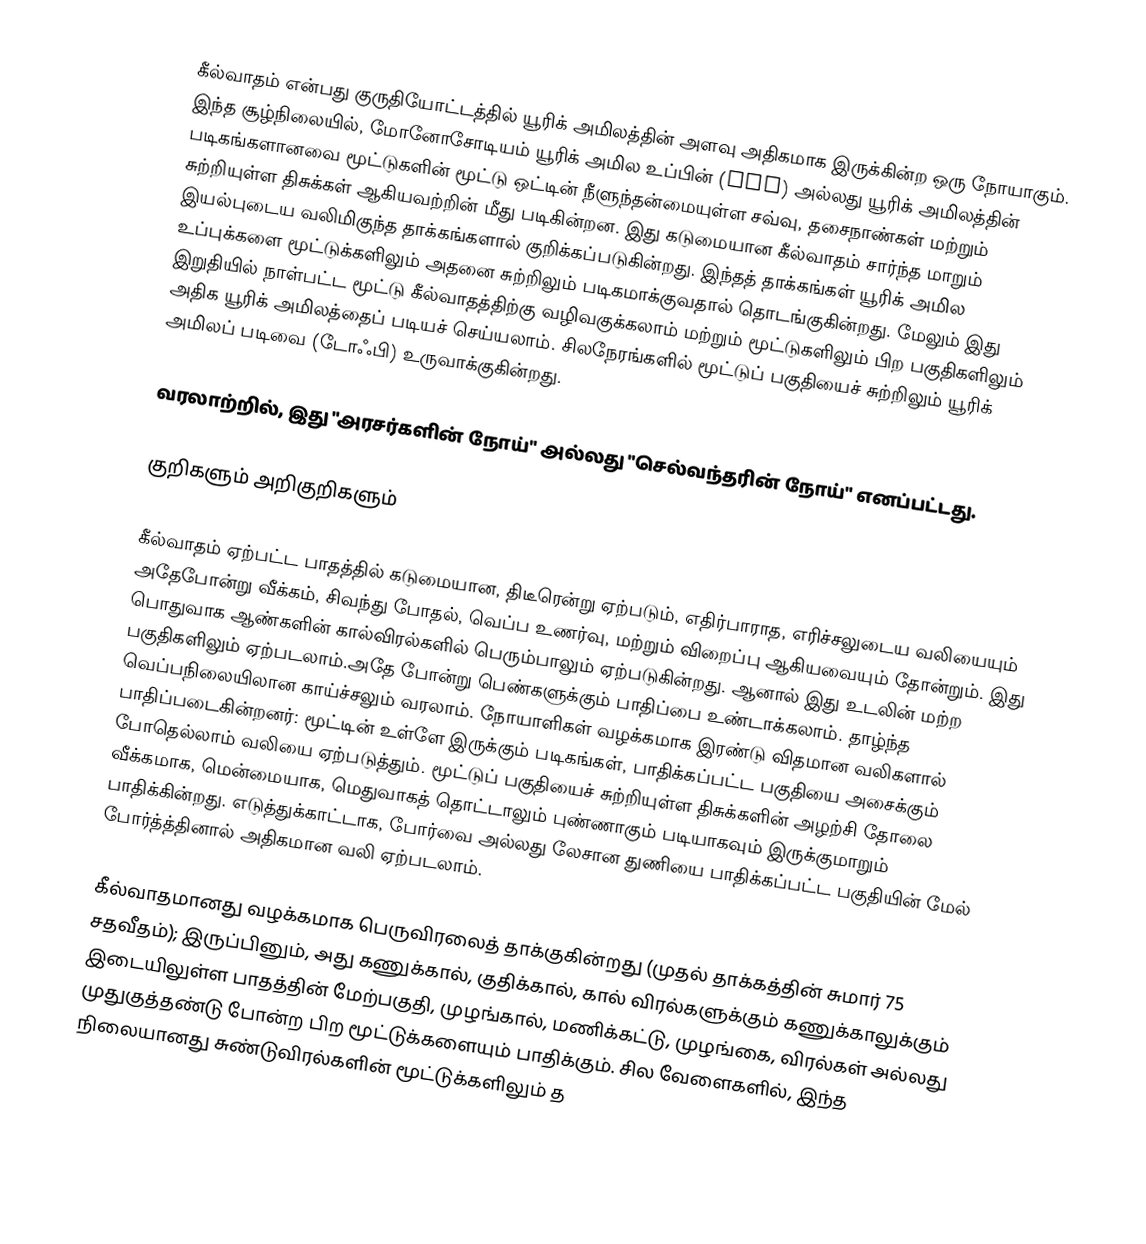
கீல்வாதம் என்பது குருதியோட்டத்தில் யூரிக் அமிலத்தின் அளவு அதிகமாக இருக்கின்ற ஒரு நோயாகும். இந்த சூழ்நிலையில், மோனோசோடியம் யூரிக் அமில உப்பின் (MSU) அல்லது யூரிக் அமிலத்தின் படிகங்களானவை மூட்டுகளின் மூட்டு ஒட்டின் நீளுந்தன்மையுள்ள சவ்வு, தசைநாண்கள் மற்றும் சுற்றியுள்ள திசுக்கள் ஆகியவற்றின் மீது படிகின்றன. இது கடுமையான கீல்வாதம் சார்ந்த மாறும் இயல்புடைய வலிமிகுந்த தாக்கங்களால் குறிக்கப்படுகின்றது. இந்தத் தாக்கங்கள் யூரிக் அமில உப்புக்களை மூட்டுக்களிலும் அதனை சுற்றிலும் படிகமாக்குவதால் தொடங்குகின்றது. மேலும் இது இறுதியில் நாள்பட்ட மூட்டு கீல்வாதத்திற்கு வழிவகுக்கலாம் மற்றும் மூட்டுகளிலும் பிற பகுதிகளிலும் அதிக யூரிக் அமிலத்தைப் படியச் செய்யலாம். சிலநேரங்களில் மூட்டுப் பகுதியைச் சுற்றிலும் யூரிக் அமிலப் படிவை (டோஃபி) உருவாக்குகின்றது.

வரலாற்றில், இது "அரசர்களின் நோய்" அல்லது "செல்வந்தரின் நோய்" எனப்பட்டது.

குறிகளும் அறிகுறிகளும்

கீல்வாதம் ஏற்பட்ட பாதத்தில் கடுமையான, திடீரென்று ஏற்படும், எதிர்பாராத, எரிச்சலுடைய வலியையும் அதேபோன்று வீக்கம், சிவந்து போதல், வெப்ப உணர்வு, மற்றும் விறைப்பு ஆகியவையும் தோன்றும். இது பொதுவாக ஆண்களின் கால்விரல்களில் பெரும்பாலும் ஏற்படுகின்றது. ஆனால் இது உடலின் மற்ற பகுதிகளிலும் ஏற்படலாம்.அதே போன்று பெண்களுக்கும் பாதிப்பை உண்டாக்கலாம். தாழ்ந்த வெப்பநிலையிலான காய்ச்சலும் வரலாம். நோயாளிகள் வழக்கமாக இரண்டு விதமான வலிகளால் பாதிப்படைகின்றனர்: மூட்டின் உள்ளே இருக்கும் படிகங்கள், பாதிக்கப்பட்ட பகுதியை அசைக்கும் போதெல்லாம் வலியை ஏற்படுத்தும். மூட்டுப் பகுதியைச் சுற்றியுள்ள திசுக்களின் அழற்சி தோலை வீக்கமாக, மென்மையாக, மெதுவாகத் தொட்டாலும் புண்ணாகும் படியாகவும் இருக்குமாறும் பாதிக்கின்றது. எடுத்துக்காட்டாக, போர்வை அல்லது லேசான துணியை பாதிக்கப்பட்ட பகுதியின் மேல் போர்த்த்தினால் அதிகமான வலி ஏற்படலாம்.

கீல்வாதமானது வழக்கமாக பெருவிரலைத் தாக்குகின்றது (முதல் தாக்கத்தின் சுமார் 75 சதவீதம்); இருப்பினும், அது கணுக்கால், குதிக்கால், கால் விரல்களுக்கும் கணுக்காலுக்கும் இடையிலுள்ள பாதத்தின் மேற்பகுதி, முழங்கால், மணிக்கட்டு, முழங்கை, விரல்கள் அல்லது முதுகுத்தண்டு போன்ற பிற மூட்டுக்களையும் பாதிக்கும். சில வேளைகளில், இந்த நிலையானது சுண்டுவிரல்களின் மூட்டுக்களிலும் த